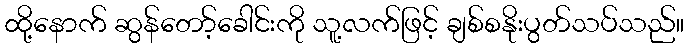
ထို့နောက် ဆွန်တော့်ခေါင်းကို သူ့လက်ဖြင့် ချစ်စနိုးပွတ်သပ်သည်။